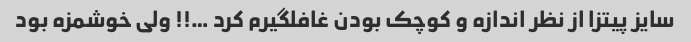
سایز پیتزا از نظر اندازه و کوچک بودن غافلگیرم کرد …!! ولی خوشمزه بود